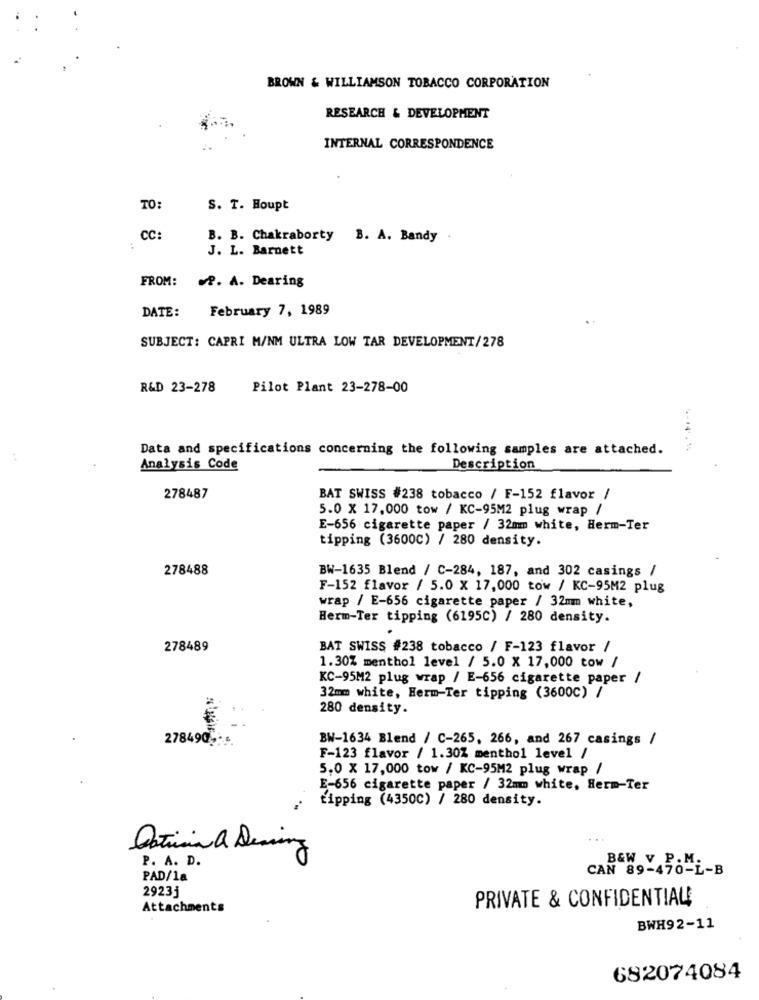
BROWN & WILLIAMSON TOBACCO CORPORATION
RESEARCH & DEVELOPMENT
INTERNAL CORRESPONDENCE
TO:
S. T. Houpt
CC:
B. B. Chakraborty B. A. Bandy
J. L. Barnett
FROM:
.P. A. Dearing
DATE:
February 7, 1989
.
SUBJECT: CAPRI M/NM ULTRA LOW TAR DEVELOPMENT/278
R&D 23-278
Pilot Plant 23-278-00
Data and specifications concerning the following samples are attached.
Analysis Code
Description
278487
BAT SWISS #238 tobacco / F-152 flavor /
5.0 x 17.000 tow / KC-95M2 plug wrap /
E-656 cigarette paper / 32mm white, Herm-Ter
tipping (3600C) / 280 density.
278488
BW-1635 Blend / C-284, 187, and 302 casings /
F-152 flavor / 5.0 x 17,000 tow / KC-95M2 plug
wrap / E-656 cigarette paper / 32mm white,
Herm-Ter tipping (6195C) / 280 density.
278489
BAT SWISS #238 tobacco / F-123 flavor /
1.30% menthol level / 5.0 x 17,000 tow /
KC-95M2 plug wrap / E-656 cigarette paper /
32mm white, Herm-Ter tipping (3600C) /
280 density.
278490 -**
BW-1634 Blend / C-265, 266, and 267 casings /
F-123 flavor / 1.30% menthol level /
5.0 x 17,000 tow / KC-95M2 plug wrap /
E-656 cigarette paper / 32mm white, Herm-Ter
tipping (4350C) / 280 density.
Datimina Dearing
P. A. D.
B&W v P.M.
CAN 89-470-L-B
PAD/la
2923j
PRIVATE & CONFIDENTIAL
Attachments
BWH92-11
682074084